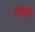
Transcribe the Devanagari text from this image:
कंजारी